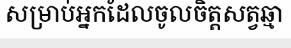
សម្រាប់អ្នកដែលចូលចិត្តសត្វឆ្មា